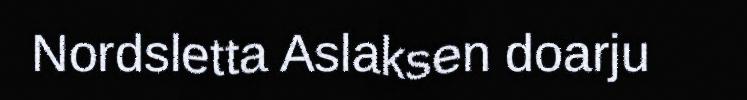
Nordsletta Aslaksen doarju